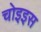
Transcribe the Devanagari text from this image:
चोइइस